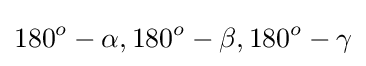
180^{o}-\alpha ,180^{o}-\beta ,180^{o}-\gamma